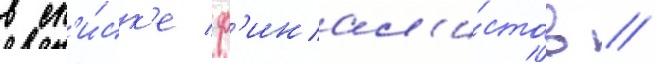
в сп'и́ск'е ф'инал'и́стов //